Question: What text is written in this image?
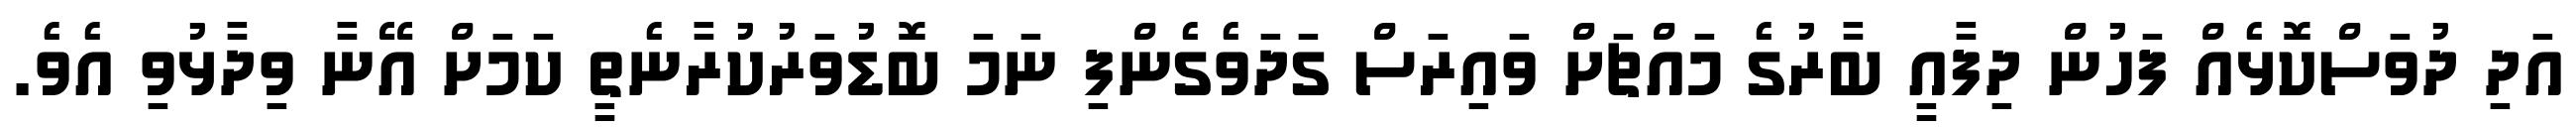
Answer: އަދި ދުވަސްކޮޅެއް ފަހުން ދިފާއީ ބާރުގެ މައްޗަށް ވައިރަސް ގަދަވެގެންފި ނަމަ ބޮޑުވަރުކުރާނެތީ ކަމަށް އޭނާ ވިދާޅުވި އެވެ.